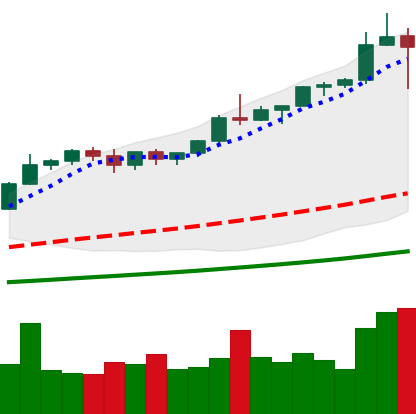
Ticker: BTC-USD
Chart end date: 2021-01-04
Forward return: 25.906%
Label: up_7plus